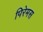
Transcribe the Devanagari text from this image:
पिरेमस